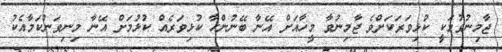
ޖާމިނުވުމަކީ ކުޅިވަރަކަށްވެ ޖާމިނުވާ މީހާއަށް އޭނާ ބޭނުންހާ ކުޅިވަރެއް ކުޅުމަށް އޭނާ މިނިވަންކަމާއެކު